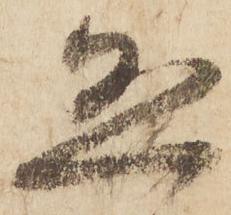
恐